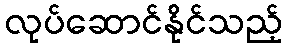
လုပ်ဆောင်နိုင်သည့်